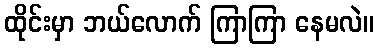
ထိုင်းမှာ ဘယ်လောက် ကြာကြာ နေမလဲ။